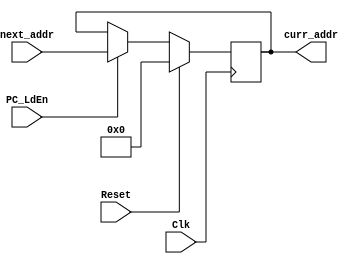
`timescale 1ns / 1ps
//////////////////////////////////////////////////////////////////////////////////
// Company: 
// Engineer: 
// 
// Design Name: 
// Module Name:    reg_pc 
// Project Name: 
// Target Devices: 
// Tool versions: 
// Description: 
//
// Dependencies: 
//
// Revision: 
// Revision 0.01 - File Created
// Additional Comments: 
//
//////////////////////////////////////////////////////////////////////////////////
module reg_pc(
    input [31:0] next_addr,
    output reg [31:0] curr_addr,
    input Clk,
    input PC_LdEn,
    input Reset
    );
	 
always @(posedge Clk)
	if (Reset)
		curr_addr <= 32'h0000_0000;
	else if (PC_LdEn)
		curr_addr <= next_addr;
endmodule